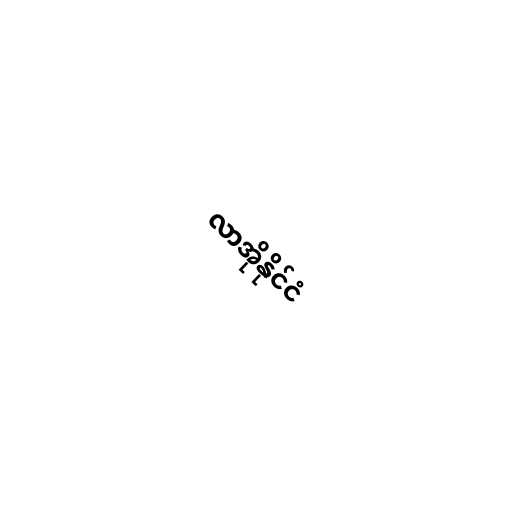
လာအိုနိုင်ငံ